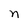
Character: n